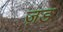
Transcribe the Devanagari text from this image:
ज़ड